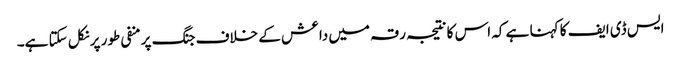
ایس ڈی ایف کا کہنا ہے کہ اس کا نتیجہ رقہ میں داعش کے خلاف جنگ پر منفی طور پر نکل سکتا ہے۔